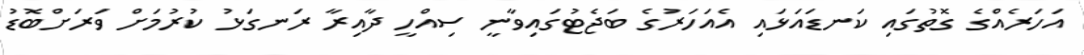
އަހަރެއްގެ ގޮތުގައި ކަނޑައަޅައި އެއަހަރުގެ ބަޖެޓުގައިވާނީ ސިއްހީ ދާއިރާ ރަނގަޅު ކުރުމަށް ވަރަށްބޮޑު